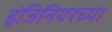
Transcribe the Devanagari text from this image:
इंजिनियरच्या